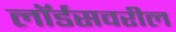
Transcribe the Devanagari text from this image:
लॉर्डसवरील